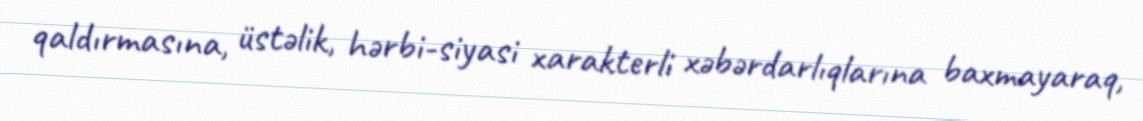
qaldırmasına, üstəlik, hərbi-siyasi xarakterli xəbərdarlıqlarına baxmayaraq,